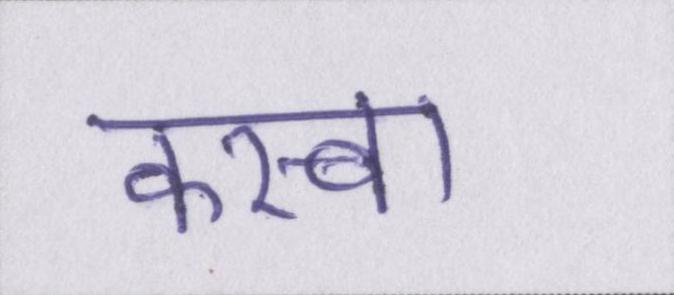
कस्बा